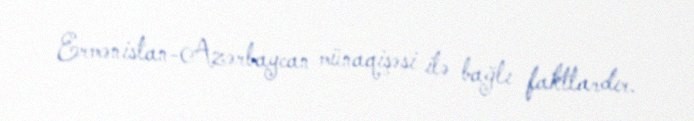
Ermənistan-Azərbaycan münaqişəsi ilə bağlı faktlardır.